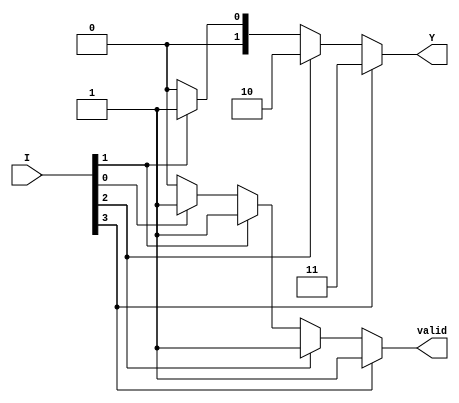
module dual_priority_encoder (
    input wire [3:0] I,   // 4 input lines
    output reg [1:0] Y,   // 2-bit output for encoding
    output reg valid       // Valid output signal
);

// Always block to determine the encoded output and validity
always @(*) begin
    // Default values
    Y = 2'b00;  // Default output (no active input)
    valid = 1'b0; // Default valid output

    // Priority encoding logic
    if (I[3]) begin
        Y = 2'b11; // I3 is active
        valid = 1'b1; // At least one input is active
    end else if (I[2]) begin
        Y = 2'b10; // I2 is active
        valid = 1'b1; // At least one input is active
    end else if (I[1]) begin
        Y = 2'b01; // I1 is active
        valid = 1'b1; // At least one input is active
    end else if (I[0]) begin
        Y = 2'b00; // I0 is active
        valid = 1'b1; // At least one input is active
    end
    // If no input is active, Y remains 00 and valid remains 0
end

endmodule